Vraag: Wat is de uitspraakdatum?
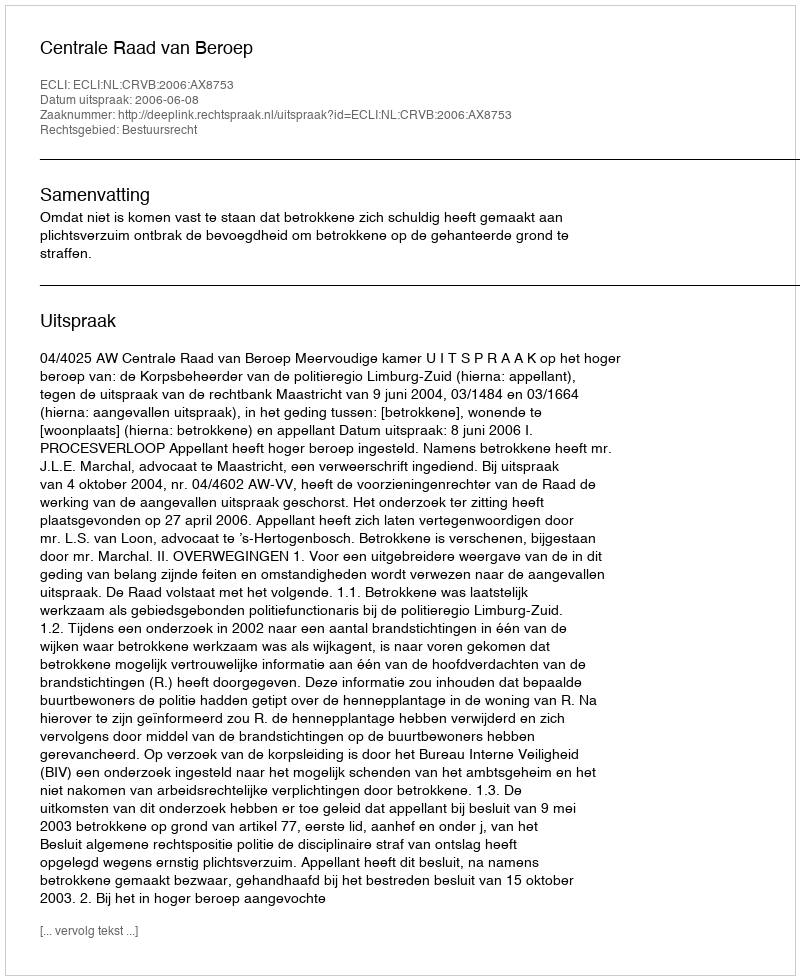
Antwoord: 2006-06-08